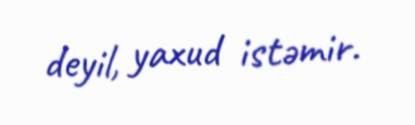
deyil, yaxud istəmir.